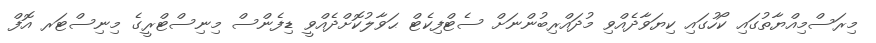
މިރަސްމިއްޔާތުގައި ކޯހުގައި ކިޔަވާދެއްވި މުދައްރިބުންނަށް ސެޓްފިކެޓް ޙަވާލުކޮށްދެއްވީ ޑިފެންސް މިނިސްޓްރީގެ މިނިސްޓަރ އޮފް